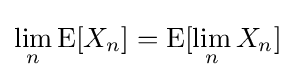
\lim _{n}\operatorname {E} [X_{n}]=\operatorname {E} [\lim _{n}X_{n}]